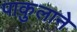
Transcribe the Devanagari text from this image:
पाकुलाने